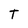
Character: T